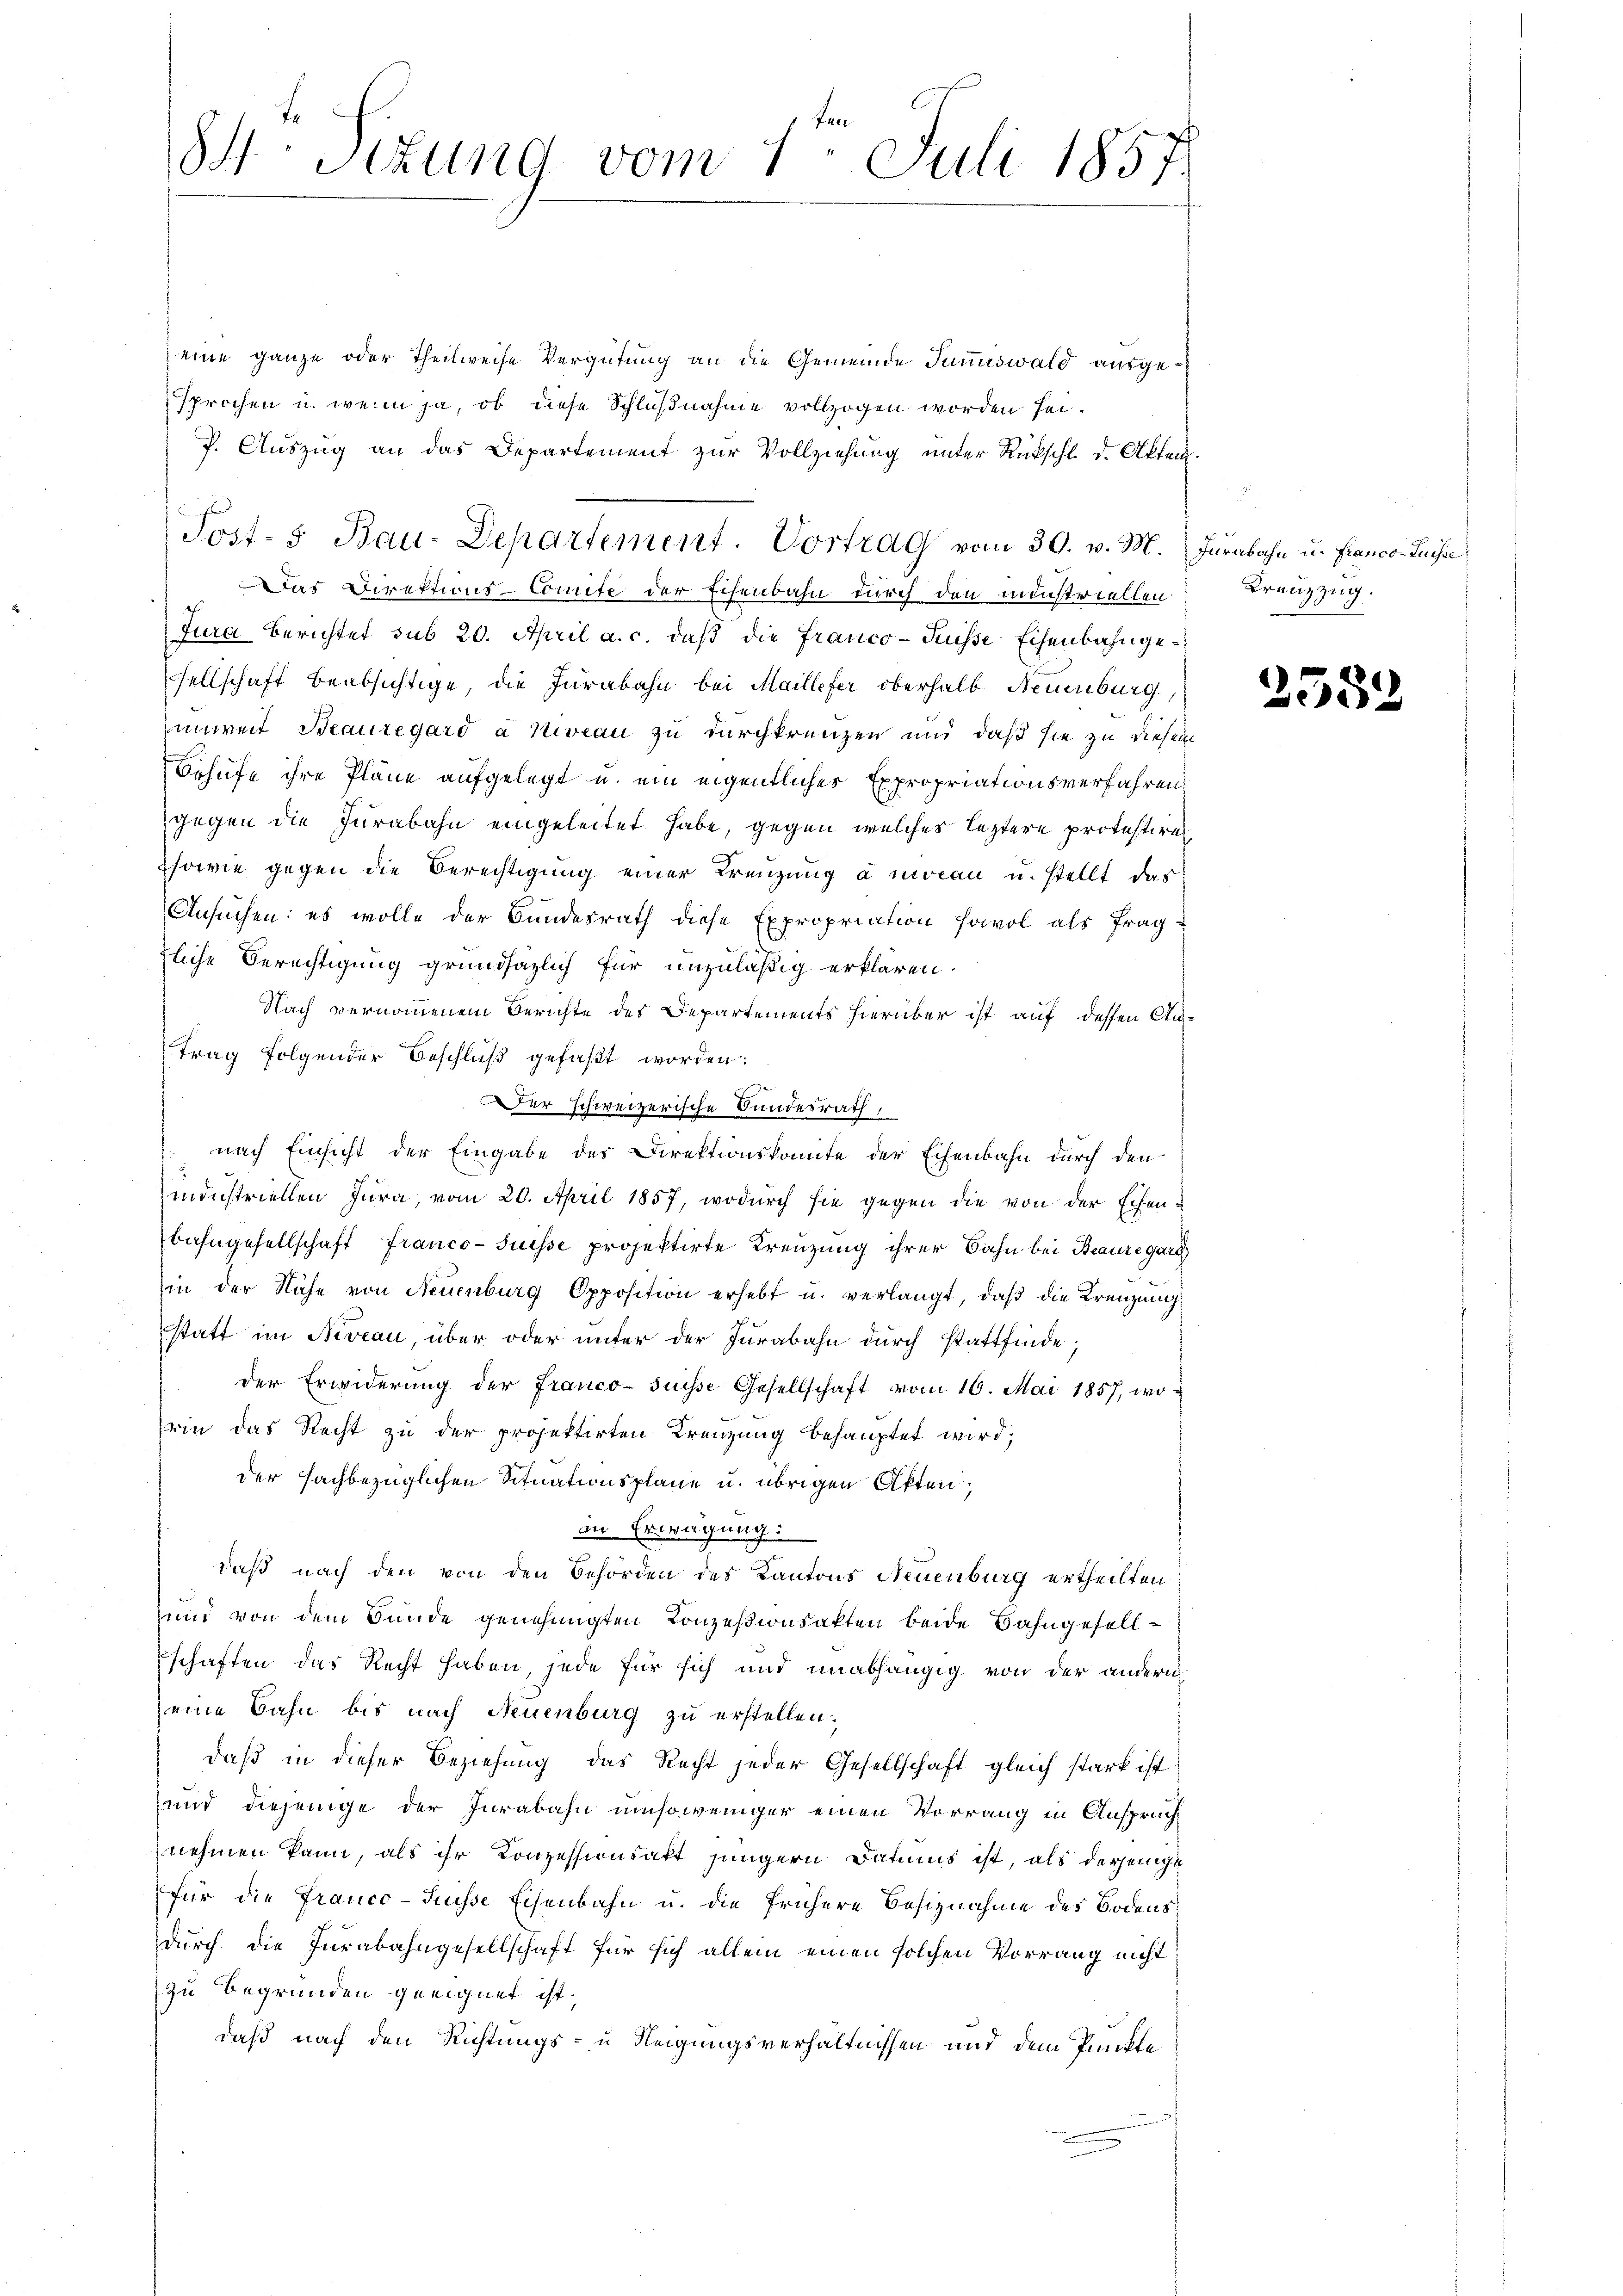
eine ganze oder Theilweise Vergütung an die Gemeinde Summiswald ausgesprochen u. wenn ja, ob diese Schlußnahme vollzogen worden sei¬
J. Auszug an das Departement zur Vollziehung unter Rückschl. d. Akten.
n
Sost- & Bau-Departement. Vortrag vom 30. v. M. Jurabahn u. Franco- Puisse
Das Direktions-Comite der Eisenbahn durch den ministriellen
Jura berichtet sub 20. April a. c. daß die Franco-Küsse Eisenbahngesellschaft beabsichtige, die Jurabahn bei Maillefer oberhalb Neuenburg,
unweit Beauregard à Niveau zu durchkreuzen und daß sie zu diesem
Behufe ihre Pläne aufgelegt u. ein eigentliches Expropriationsverfahren.
gegen die Jurabahn eingeleitet habe, gegen welches leztere protestires
sowie gegen die Berechtigung einer Kreuzung a moran u. stellt das
Ansuchen: es wolle der Bundesrath diese Expropriation favol als frag-
tliche Berechtigung grundsäzlich für unzuläßig erklären.
Nach vernommenem Berichte des Departements hierüber ist auf dessen An-
trag folgender Beschluß gefaßt worden:
Der schweizerische Bundesrath,
nach Einsicht der Eingabe des Direktionskomite der Eisenbahn durch den
mdustriellen Jura, vom 20. April 1857, wodurch sie gegen die von der Echen-
bahngesellschaft Franco-Suisse projektirte Kreuzung ihrer Bahn bei Beauregard
in der Nähe von Neuenburg Opposition erhebt u. verlangt, daß die Kreuzung
statt im Niveau, über oder unter der Jurabahn durch stattfinde;
der Erwiderung der Franco- Suisse Gesellschaft vom 16. Mai 1857, worin das Recht zu der projektirten Kreuzung behauptet wird;
der sachbezüglichen Situationsplane u. übrigen Akten,
in Erwägung:
daβ nach den von den Behörden des Kantons Neuenburg ertheilten:
und von dem Bunde genehmigten Konzesionsakten beide Bahngesellschaften das Recht haben, jede für sich und unabhängig von der andern
eine Bahn bis nach Neuenburg zu erstellen.
daß in dieser Beziehung das Recht jeder Gesellschaft gleich stark ist
und diejenige der Jurabahn umsoweniger einen Vorrang in Anspruch
nehmen kann, als ihr Konzessionsakt jüngern Datums ist, als derjenige
für die Franco-Suisse Eisenbahn u. die frühere Besiznahme des Bodensdurch die Jurabahngesellschaft für sich allein einen solchen Vorrang nicht
zu begründen geeignet ist,
daß nach den Richtungs- u Neigungsverhältnissen und dem Punkte

84. Sizung vom 1te͇n Juli 1857

Krenzzug.

2532